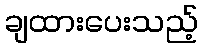
ချထားပေးသည့်